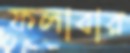
ফলাবার